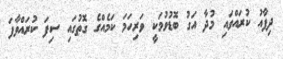
ދިފާއު ކުރައްވައި މުދާ އަގު ބޮޑުވުމަކީ ވަރިހަމަ ކަމެއްގެ ގޮތުގައި ސިފަ ކުރައްވާފަ